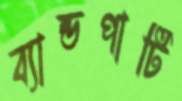
ব্যান্ডপার্টি